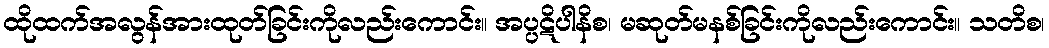
ထိုထက်အလွန်အားထုတ်ခြင်းကိုလည်းကောင်း။ အပ္ပဋိပါနိစ၊ မဆုတ်မနစ်ခြင်းကိုလည်းကောင်း။ သတိစ၊